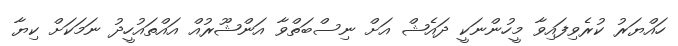
ހައްޔަރު ކުރެވިފައިވާ މީހުންނަކީ ދައެޝް އަށް ނިސްބަތްވާ އަންޝޫރުއް އައްތައުހީދު ނަމަކަށް ކިޔާ